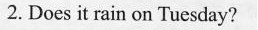
2. Does it rain on Tuesday?